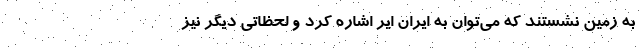
به زمین نشستند که می‌توان به ایران ایر اشاره کرد و لحظاتی دیگر نیز